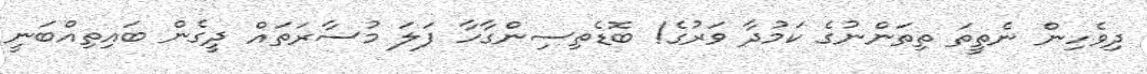
ދިވެހިން ނެތީތަ ތިތަންނުގެ ކަމުދާ ވަރުގެ! ބޮޑެތިސިންގާހާ ފަލަ މުސާރަތައް ދީގެން ބައިތިއްބަނީ